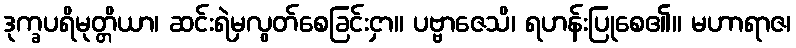
ဒုက္ခပရိမုတ္တိယာ၊ ဆင်းရဲမှလွတ်စေခြင်းငှာ။ ပဗ္ဗာဇေသိ၊ ရဟန်းပြုစေ၏။ မဟာရာဇ၊